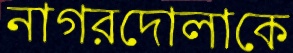
নাগরদোলাকে